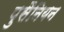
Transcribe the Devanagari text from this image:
पुसैनियन